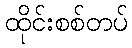
ထိုင်းစစ်တပ်